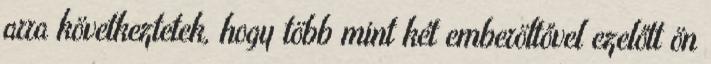
arra következtetek, hogy több mint két emberöltővel ezelőtt ön